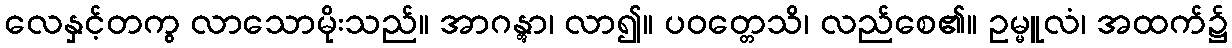
လေနှင့်တကွ လာသောမိုးသည်။ အာဂန္တွာ၊ လာ၍။ ပဝတ္တေသိ၊ လည်စေ၏။ ဥမ္မူလံ၊ အထက်၌